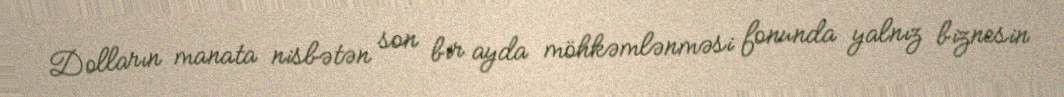
Dolların manata nisbətən son bir ayda möhkəmlənməsi fonunda yalnız biznesin